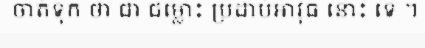
ចាត់ទុក ថា ជា ជម្លោះ ប្រដាប់អាវុធ នោះ ទេ ។